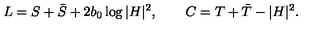
L = S + \bar { S } + 2 b _ { 0 } \log | H | ^ { 2 } , \qquad C = T + \bar { T } - | H | ^ { 2 } .